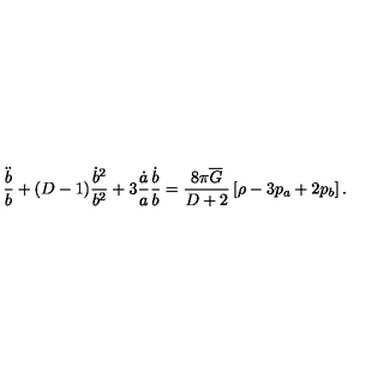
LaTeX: \frac { \ddot { b } } { b } + ( D - 1 ) \frac { \dot { b } ^ { 2 } } { b ^ { 2 } } + 3 \frac { \dot { a } } { a } \frac { \dot { b } } { b } = \frac { 8 \pi \overline { { G } } } { D + 2 } \left[ \rho - 3 p _ { a } + 2 p _ { b } \right] .